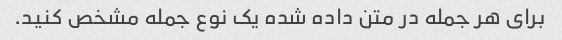
برای هر جمله در متن داده شده یک نوع جمله مشخص کنید.